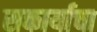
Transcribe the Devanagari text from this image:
सकार्याचा